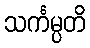
သင်္ကမ္ပတိ